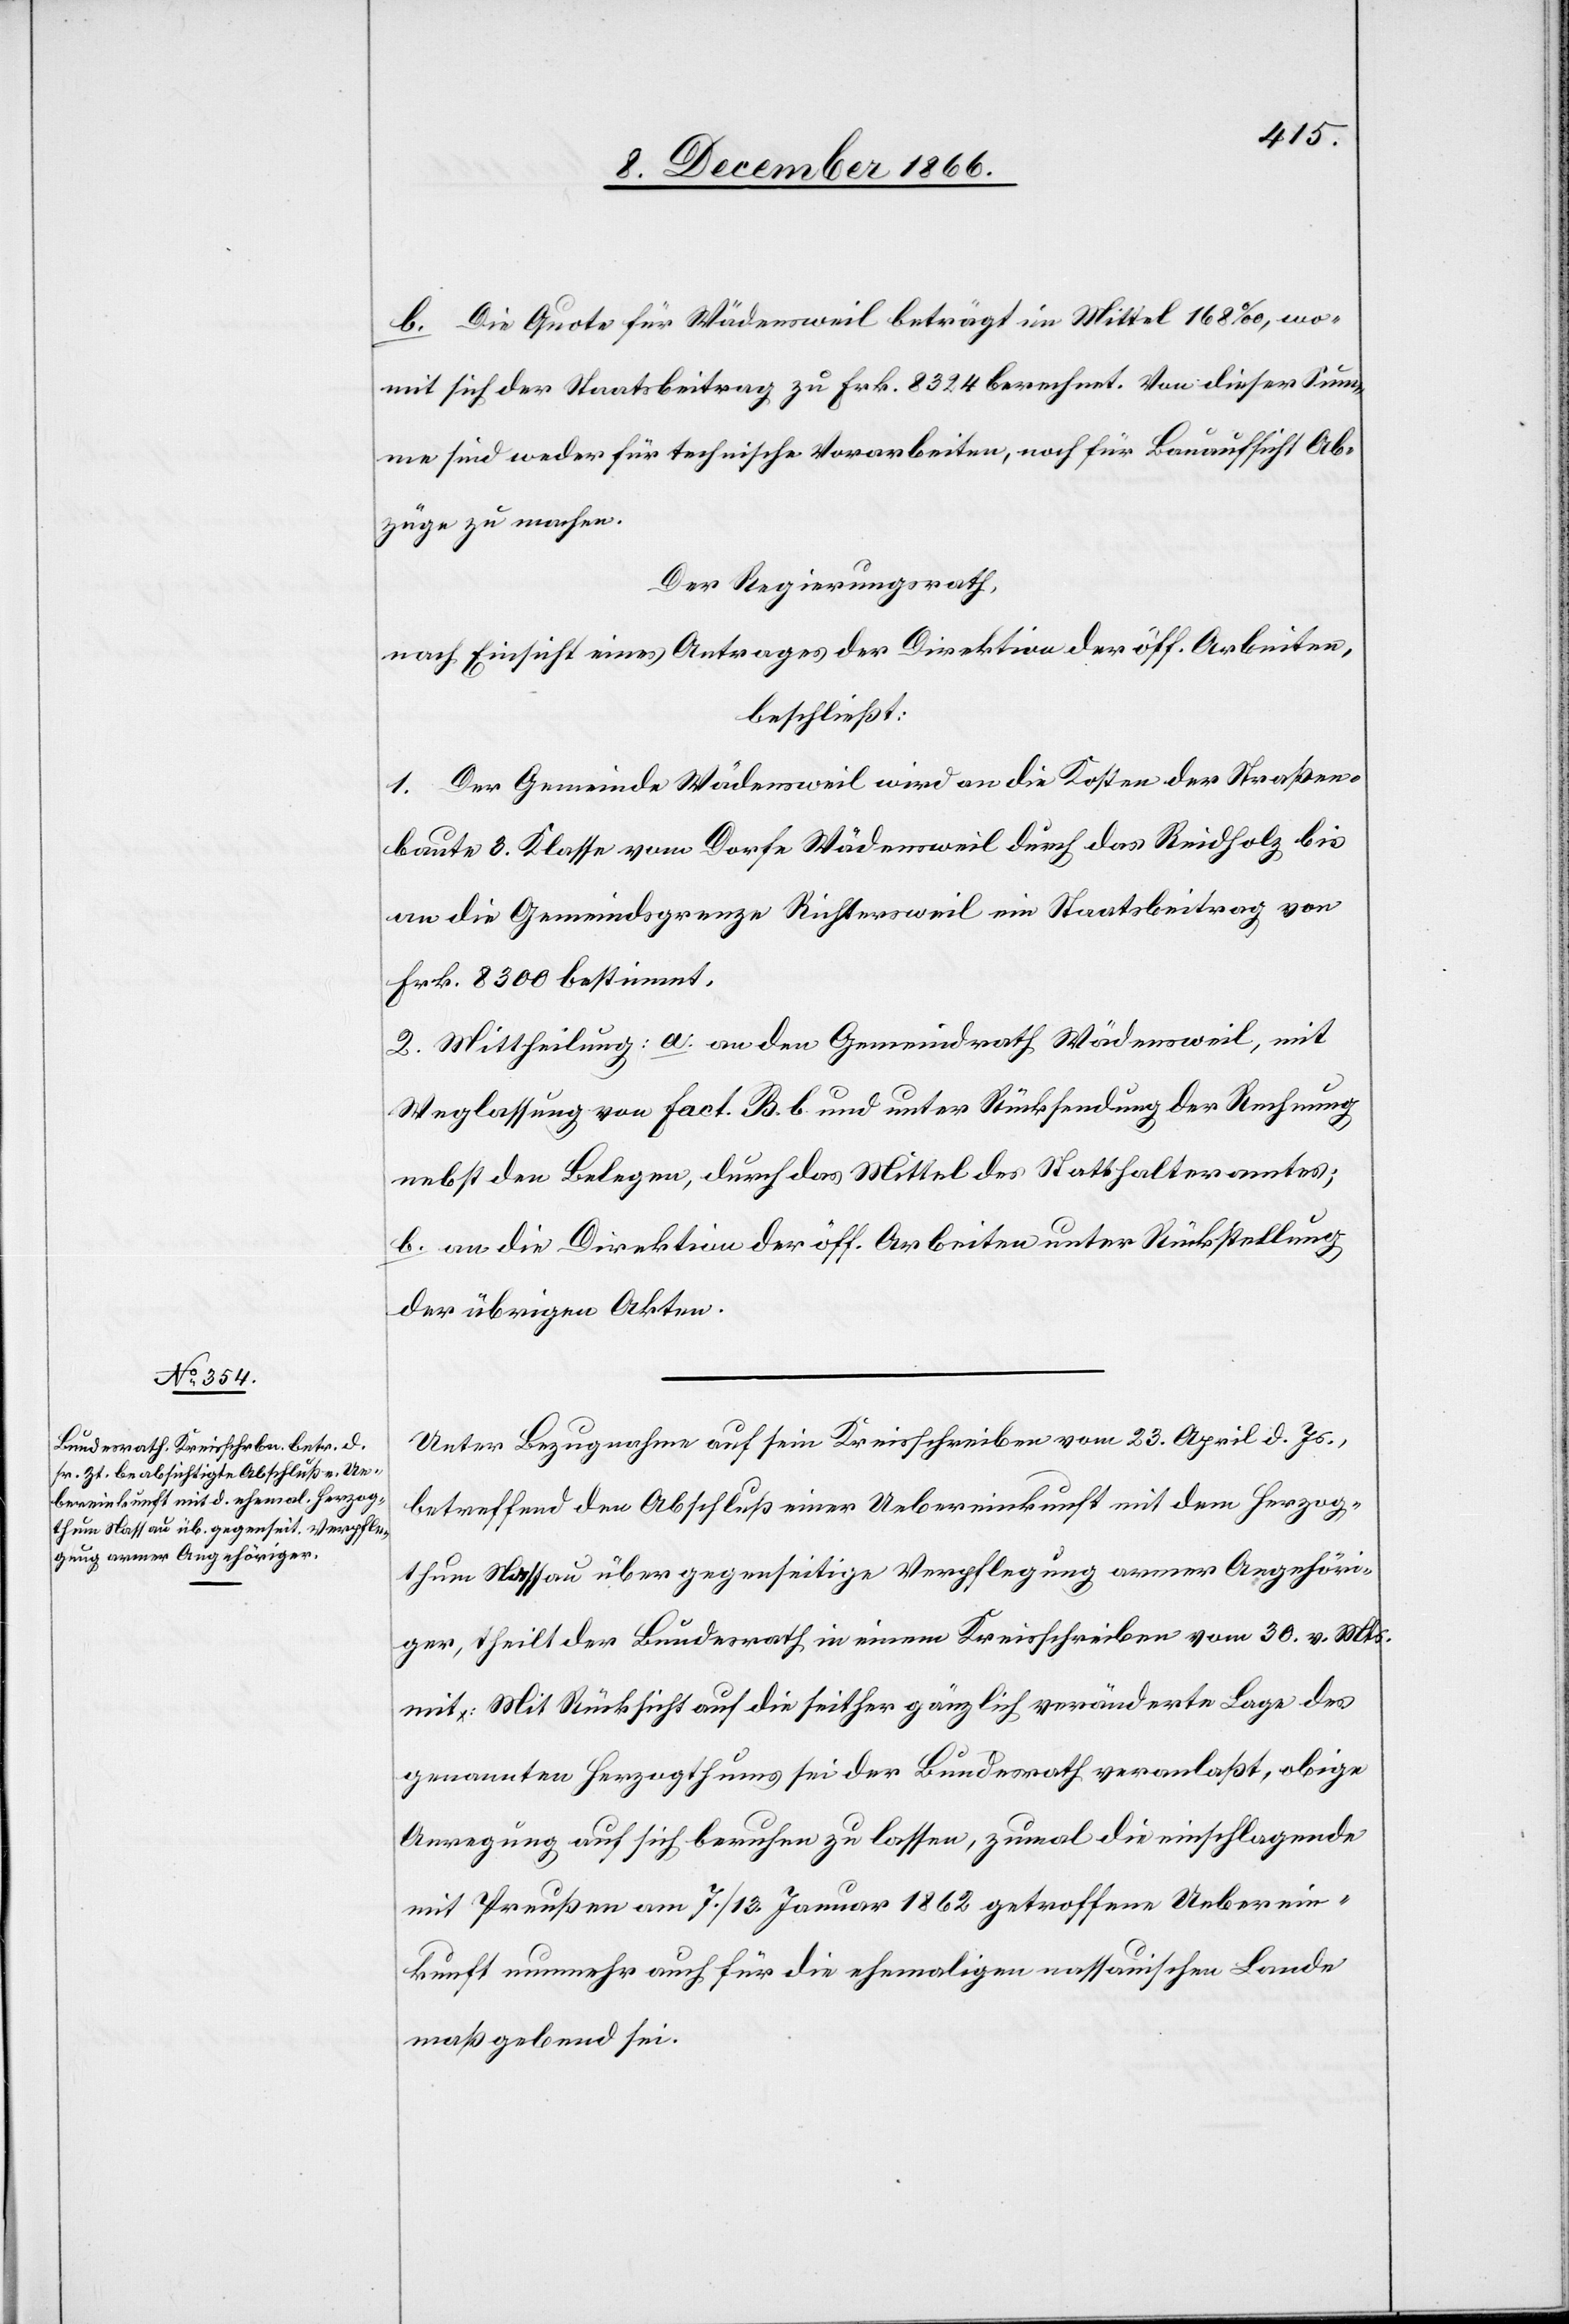
b. Die Quote für Wädensweil beträgt im Mittel 168‰, wo¬
mit sich der Staatsbeitrag zu Frk. 8324 berechnet. Von dieser Sum¬
me sind weder für technische Vorarbeiten, noch für Bauaufsicht Ab¬
züge zu machen.
Der Regierungsrath,
nach Einsicht eines Antrages der Direktion der öff. Arbeiten,
beschließt:
1. Der Gemeinde Wädensweil wird an die Kosten der Straßen¬
baute 3. Klasse vom Dorfe Wädensweil durch das Reidholz bis
an die Gemeindsgrenze Richtersweil ein Staatsbeitrag von
Frk. 8300 bestimmt.
2. Mittheilung: a. an den Gemeindrath Wädensweil, mit
Weglassung von Fact. B. b. und unter Rücksendung der Rechnung
nebst den Belegen, durch das Mittel des Statthalteramtes;
b. an die Direktion der öff. Arbeiten unter Rückstellung
der übrigen Akten.
Unter Bezugnahme auf sein Kreisschreiben vom 23. April d. Js.,
betreffend den Abschluß einer Uebereinkunft mit dem Herzog¬
thum Nassau über gegenseitige Verpflegung armer Angehöri¬
ger, theilt der Bundesrath in einem Kreisschreiben vom 30. v. Mts.
mit: Mit Rücksicht auf die seither gänzlich veränderte Lage des
genannten Herzogthums sei der Bundesrath veranlaßt, obige
Anregung auf sich beruhen zu lassen, zumal die einschlagende
mit Preußen am 7./13. Januar 1862 getroffene Ueberein¬
kunft nunmehr auch für die ehemaligen nassauischen Lande
maßgebend sei.